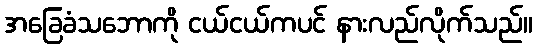
အခြေခံသဘောကို ငယ်ငယ်ကပင် နားလည်လိုက်သည်။